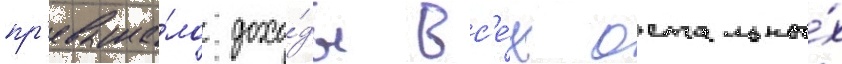
пр'евыша́ло дохо́ды вс'е́х остальны́х